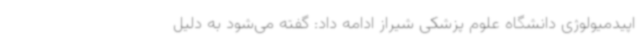
اپیدمیولوژی دانشگاه علوم پزشکی شیراز ادامه داد: گفته می‌شود به دلیل